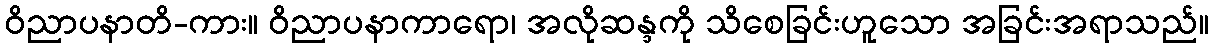
ဝိညာပနာတိ-ကား။ ဝိညာပနာကာရော၊ အလိုဆန္ဒကို သိစေခြင်းဟူသော အခြင်းအရာသည်။